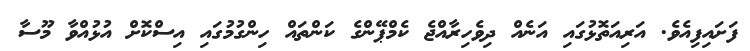
ފަށައިފިއެވެ. އަރިއަތޮޅުގައި އަނެއް ދިވެހިރާއްޖެ ކެމްޕޭންގެ ކަންތައް ހިންގުމުގައި އިސްކޮށް އުޅުއްވާ މޫސާ